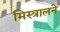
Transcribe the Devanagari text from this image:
मिस्त्रालने